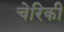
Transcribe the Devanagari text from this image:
चेरिकी